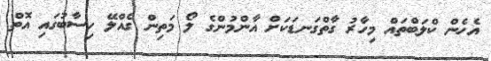
އެހެން ކްލަބްތައް މިހާރު ގާތްގަނޑަކަށް އާންމުންގެ ލޯ މަތިން ގެއްލޭ ހިސާބުގައި އޮތް